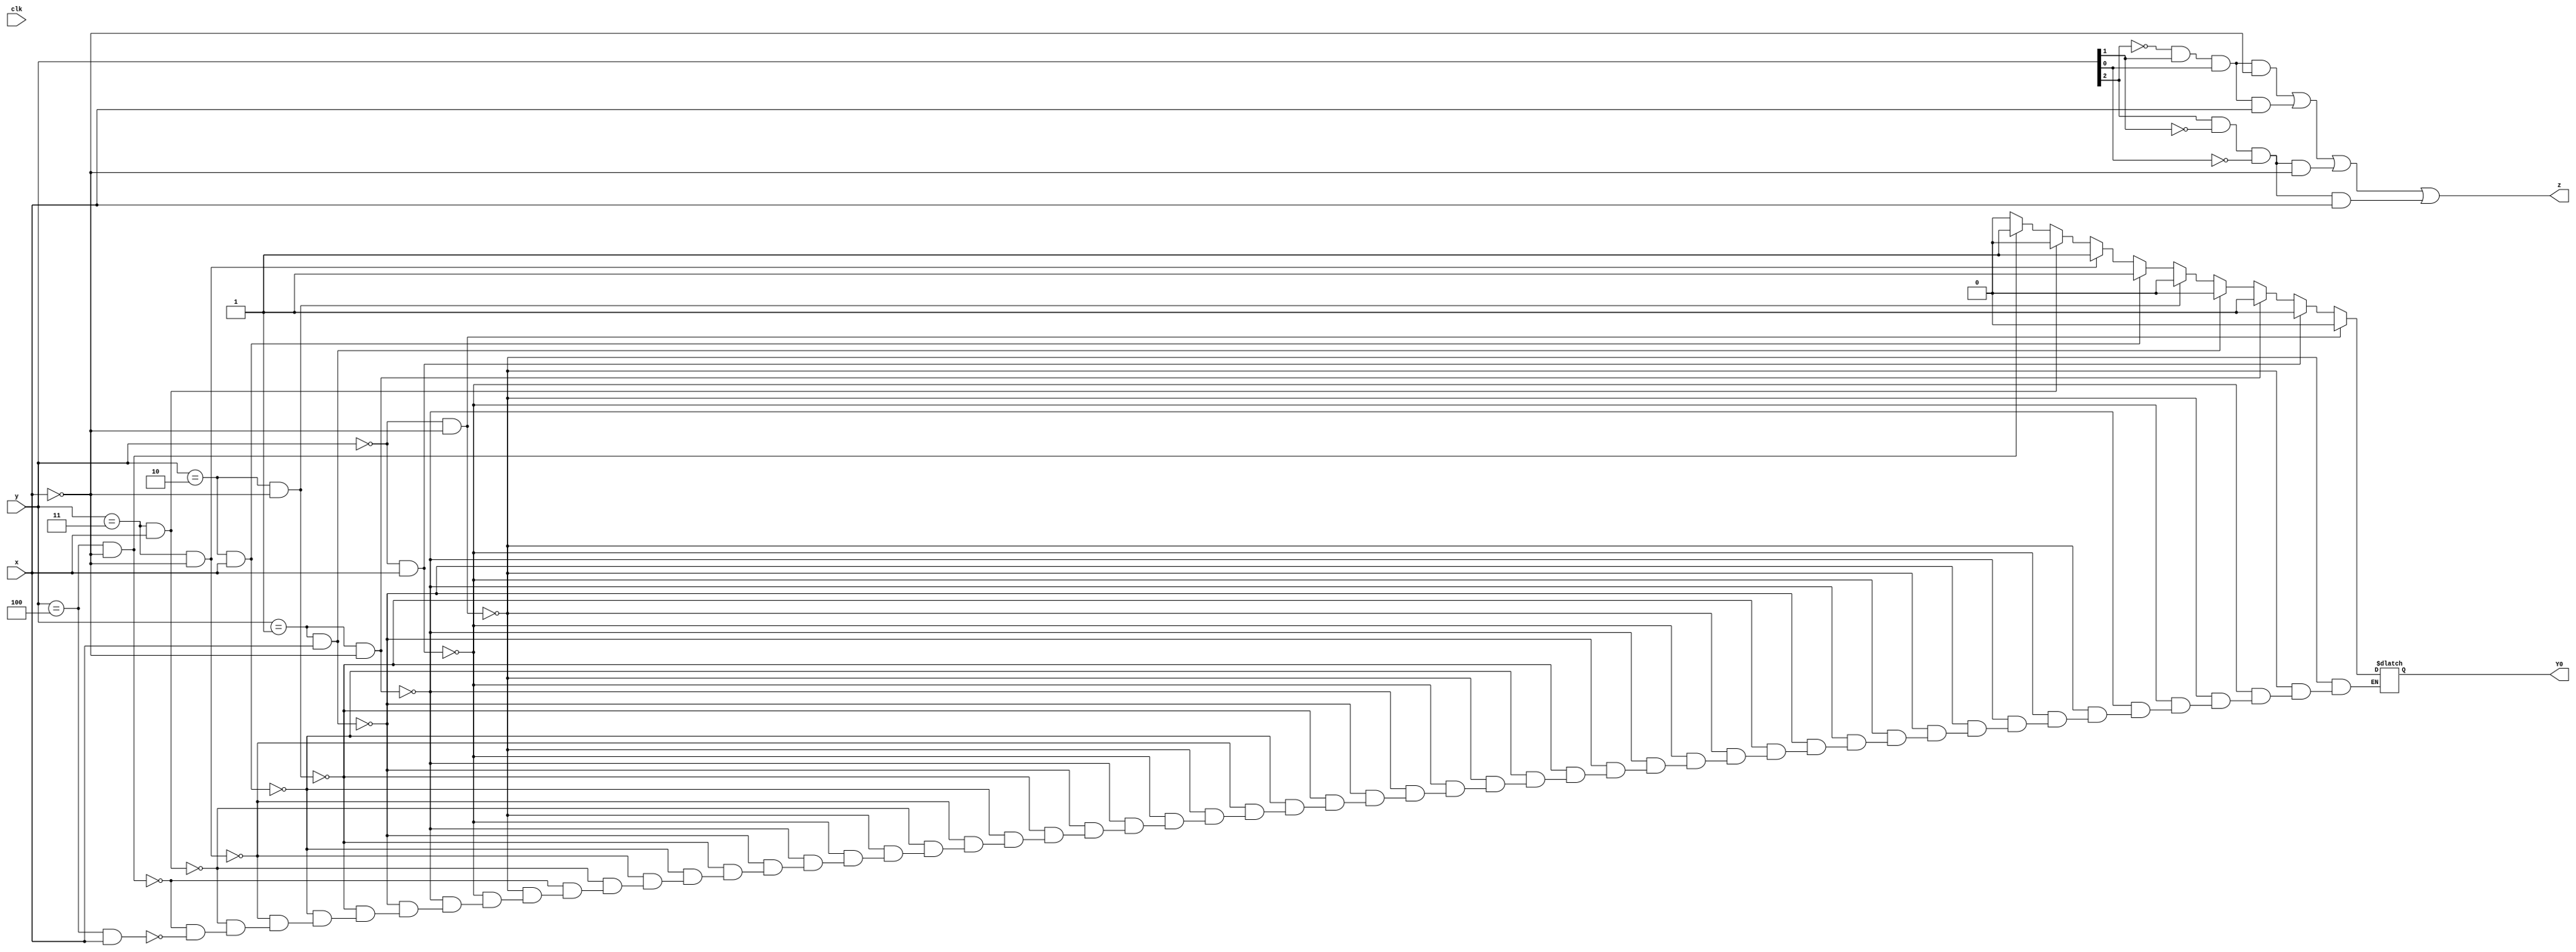
/*Given the state-assigned table shown below, implement the logic functions Y[0] and z.

Present state
y[2:0]	Next state Y[2:0]	Output z
x=0	x=1
000	000	001	0
001	001	100	0
010	010	001	0
011	001	010	1
100	011	100	1
*/

module top_module (
    input clk,
    input [2:0] y,
    input x,
    output Y0,
    output z
);
parameter sa=3'b000,sb=3'b001,sc=3'b010,sd=3'b011,se=3'b100;
    reg [2:0]state,next_state;
    always@(*)
        begin       
            if(y==sa && x==0)
                next_state=sa;
            else if(y==sa && x==1)
                next_state=sb;
            else if(y==sb && x==0)
                next_state=sb;
            else if(y==sb && x==1)
                next_state=se;
            else if(y==sc && x==0)
                next_state=sc;
            else if(y==sc && x==1)
                next_state=sb;
            else if(y==sd && x==0)
                next_state=sb;
            else if(y==sd && x==1)
                next_state=sc;
            else if(y==se && x==0)
                next_state=sd;
            else if(y==se && x==1)
                next_state=se;          
            end
    always@(posedge clk)
        begin
            state<=next_state;
        end
    assign z= (~y[2]&y[1]&y[0]&~x)|(~y[2]&y[1]&y[0]&x)|(y[2]&~y[1]&~y[0]&~x)|(y[2]&~y[1]&~y[0]&x);
    assign Y0=next_state;   
endmodule